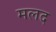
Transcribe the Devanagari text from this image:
मलद